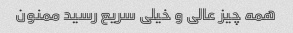
همه چیز عالی و خیلی سریع رسید ممنون